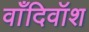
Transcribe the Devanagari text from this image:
वाँदिवॉश